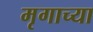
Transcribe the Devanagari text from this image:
मृगाच्या